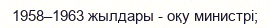
1958–1963 жылдары - oқу министрі;